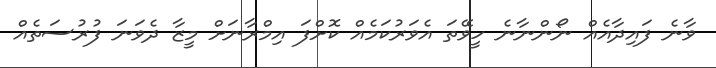
ވާނެ ފައިދާއެއް ނޯންނާނެ ހީވޭތަ އެވަރުކަމެއް ކޮށްފަ އިމްރާނަށް މީޒާ ދެވަނަ ފުރުސަތެއް